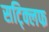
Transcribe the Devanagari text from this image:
सट्क्लिफ